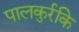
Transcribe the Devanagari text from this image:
पालकुर्रकि